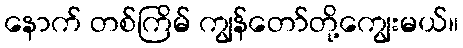
နောက် တစ်ကြိမ် ကျွန်တော်တို့ကျွေးမယ်။